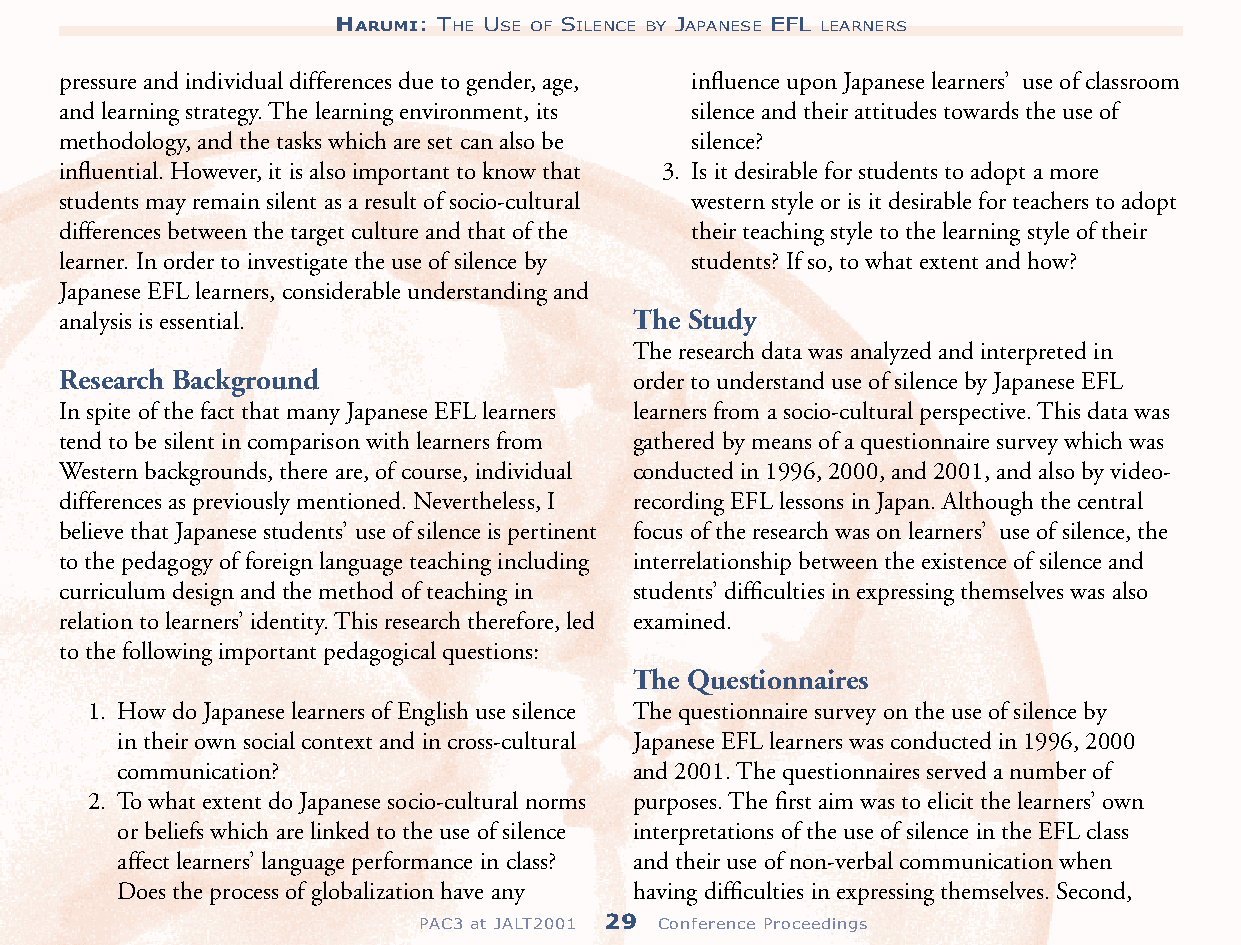
HARUMI: THE USE OF SILENCE BY JAPANESE EFL LEARNERS
 pressure and individual differences due to gender, age, influence upon Japanese learners’ use of classroom
 and learning strategy. The learning environment, its silence and their attitudes towards the use of
 methodology, and the tasks which are set can also be silence?
 influential. However, it is also important to know that 3. Is it desirable for students to adopt a more
 students may remain silent as a result of socio-cultural western style or is it desirable for teachers to adopt
 differences between the target culture and that of the their teaching style to the learning style of their
 learner. In order to investigate the use of silence by students? If so, to what extent and how?
 Japanese EFL learners, considerable understanding and
 analysis is essential.                The Study
 The research data was analyzed and interpreted in
 Research Background                   order to understand use of silence by Japanese EFL
 In spite of the fact that many Japanese EFL learners learners from a socio-cultural perspective. This data was
 tend to be silent in comparison with learners from gathered by means of a questionnaire survey which was
 Western backgrounds, there are, of course, individual conducted in 1996, 2000, and 2001, and also by video-
 differences as previously mentioned. Nevertheless, I recording EFL lessons in Japan. Although the central
 believe that Japanese students’ use of silence is pertinent focus of the research was on learners’ use of silence, the
 to the pedagogy of foreign language teaching including interrelationship between the existence of silence and
 curriculum design and the method of teaching in students’ difficulties in expressing themselves was also
 relation to learners’ identity. This research therefore, led examined.
 to the following important pedagogical questions:
 The Questionnaires
 1. How do Japanese learners of English use silence The questionnaire survey on the use of silence by
 in their own social context and in cross-cultural Japanese EFL learners was conducted in 1996, 2000
 communication?                    and 2001. The questionnaires served a number of
 2. To what extent do Japanese socio-cultural norms purposes. The first aim was to elicit the learners’ own
 or beliefs which are linked to the use of silence interpretations of the use of silence in the EFL class
 affect learners’ language performance in class? and their use of non-verbal communication when
 Does the process of globalization have any having difficulties in expressing themselves. Second,
 PAC3 at JALT2001 29 Conference Proceedings